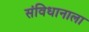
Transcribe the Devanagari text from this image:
संविधानाला